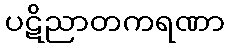
ပဋိညာတကရဏာ